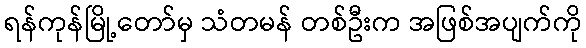
ရန်ကုန်မြို့တော်မှ သံတမန် တစ်ဦးက အဖြစ်အပျက်ကို